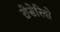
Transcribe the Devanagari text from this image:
रोसेरियो